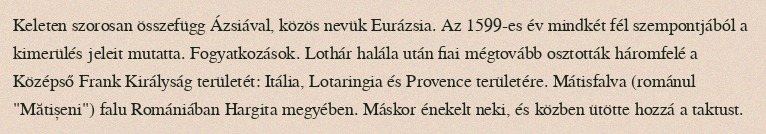
Keleten szorosan összefügg Ázsiával, közös nevük Eurázsia. Az 1599-es év mindkét fél szempontjából a kimerülés jeleit mutatta. Fogyatkozások. Lothár halála után fiai mégtovább osztották háromfelé a Középső Frank Királyság területét: Itália, Lotaringia és Provence területére. Mátisfalva (románul "Mătișeni") falu Romániában Hargita megyében. Máskor énekelt neki, és közben ütötte hozzá a taktust.